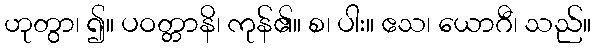
ဟုတွာ၊ ၍။ ပဝတ္တာနိ၊ ကုန်၏။ စ၊ ပါး။ ဧသ၊ ယောဂီ၊ သည်။